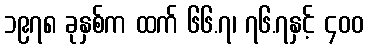
၁၉၇၈ ခုနှစ်က ထက် ၆၆.၇၊ ၇၆.၇နှင့် ၄၀၀